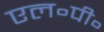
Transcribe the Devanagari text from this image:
एल॰पी॰